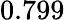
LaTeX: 0.799